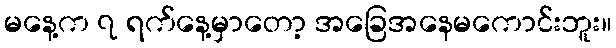
မနေ့က ၇ ရက်နေ့မှာတော့ အခြေအနေမကောင်းဘူး။